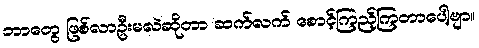
ဘာတွေ ဖြစ်လာဦးမလဲဆိုတာ ဆက်လက် စောင့်ကြည့်ကြတာပေါ့ဗျာ။